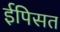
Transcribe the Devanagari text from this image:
ईपिसत